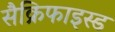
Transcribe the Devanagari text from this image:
सैक्रिफाइस्ड